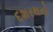
દશરથનો